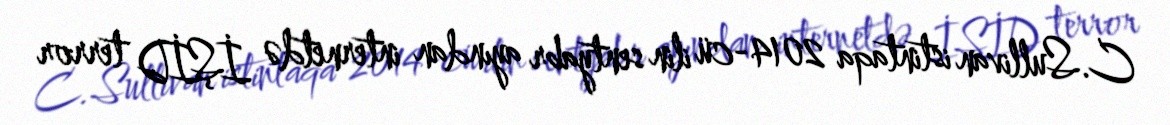
C.Sullivan istintaqa 2014-cü ilin sentyabr ayından internetdə İŞİD terror